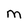
Character: m